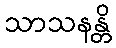
သာသနန္တိ